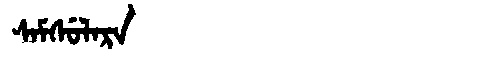
Manchu: ᠰᠠᠮᠰᡠᠯᠠᡵᠠ
Romanization: SAMSULARA